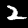
Label: 2